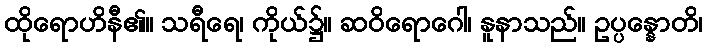
ထိုရောဟိနီ၏။ သရီရေ၊ ကိုယ်၌။ ဆဝိရောဂေါ၊ နူနာသည်။ ဥပ္ပန္နောတိ၊